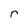
Character: r